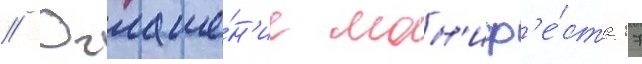
// Оглаше́н'ие ман'иф'е́ста 17